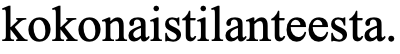
kokonaistilanteesta.